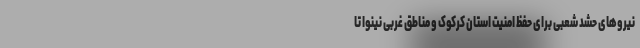
نیروهای حشد شعبی برای حفظ امنیت استان کرکوک و مناطق غربی نینوا تا